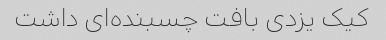
کیک یزدی بافت چسبنده‌ای داشت